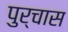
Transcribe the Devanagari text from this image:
पुर्चास